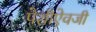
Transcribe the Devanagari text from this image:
पेशीऐवजी